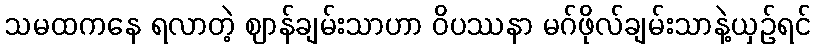
သမထကနေ ရလာတဲ့ ဈာန်ချမ်းသာဟာ ဝိပဿနာ မဂ်ဖိုလ်ချမ်းသာနဲ့ယှဉ်ရင်